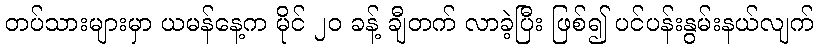
တပ်သားများမှာ ယမန်နေ့က မိုင် ၂၀ ခန့် ချီတက် လာခဲ့ပြီး ဖြစ်၍ ပင်ပန်းနွမ်းနယ်လျက်